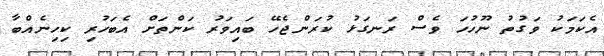
އެކަމަކު ވަގުތު ނޫހުހަ ވެސް ރަނގަޅު ކުރަންޖެހޭ ބައިވަރު ކަންތަށް އެބަހުރި ކިހިނެއްބާ